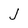
Character: J